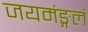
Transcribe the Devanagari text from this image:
जयमंङ्गलं